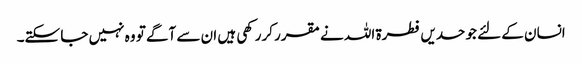
انسان کے لئے جو حدیں فطرۃ اللہ نے مقرر کررکھی ہیں ان سے آگے تو وہ نہیں جا سکتے۔